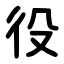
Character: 役